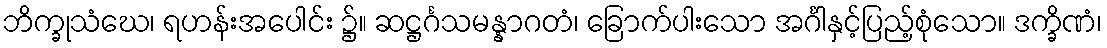
ဘိက္ခုသံဃေ၊ ရဟန်းအပေါင်း ၌။ ဆဋ္ဌင်္ဂသမန္နာဂတံ၊ ခြောက်ပါးသော အင်္ဂါနှင့်ပြည့်စုံသော။ ဒက္ခိဏံ၊